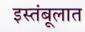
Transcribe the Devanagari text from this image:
इस्तंबूलात